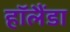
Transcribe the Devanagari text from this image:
हॉलैंडा